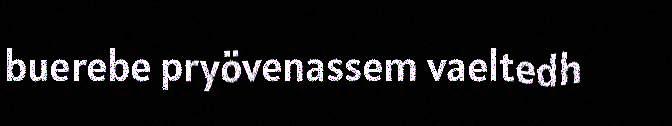
buerebe pryövenassem vaeltedh